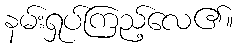
နမ်းရှုပ်ကြည့်လေ၏။